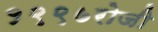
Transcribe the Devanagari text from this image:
१९९७रोजी